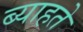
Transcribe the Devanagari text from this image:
ब्याहते